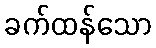
ခက်ထန်သော